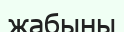
жабыны